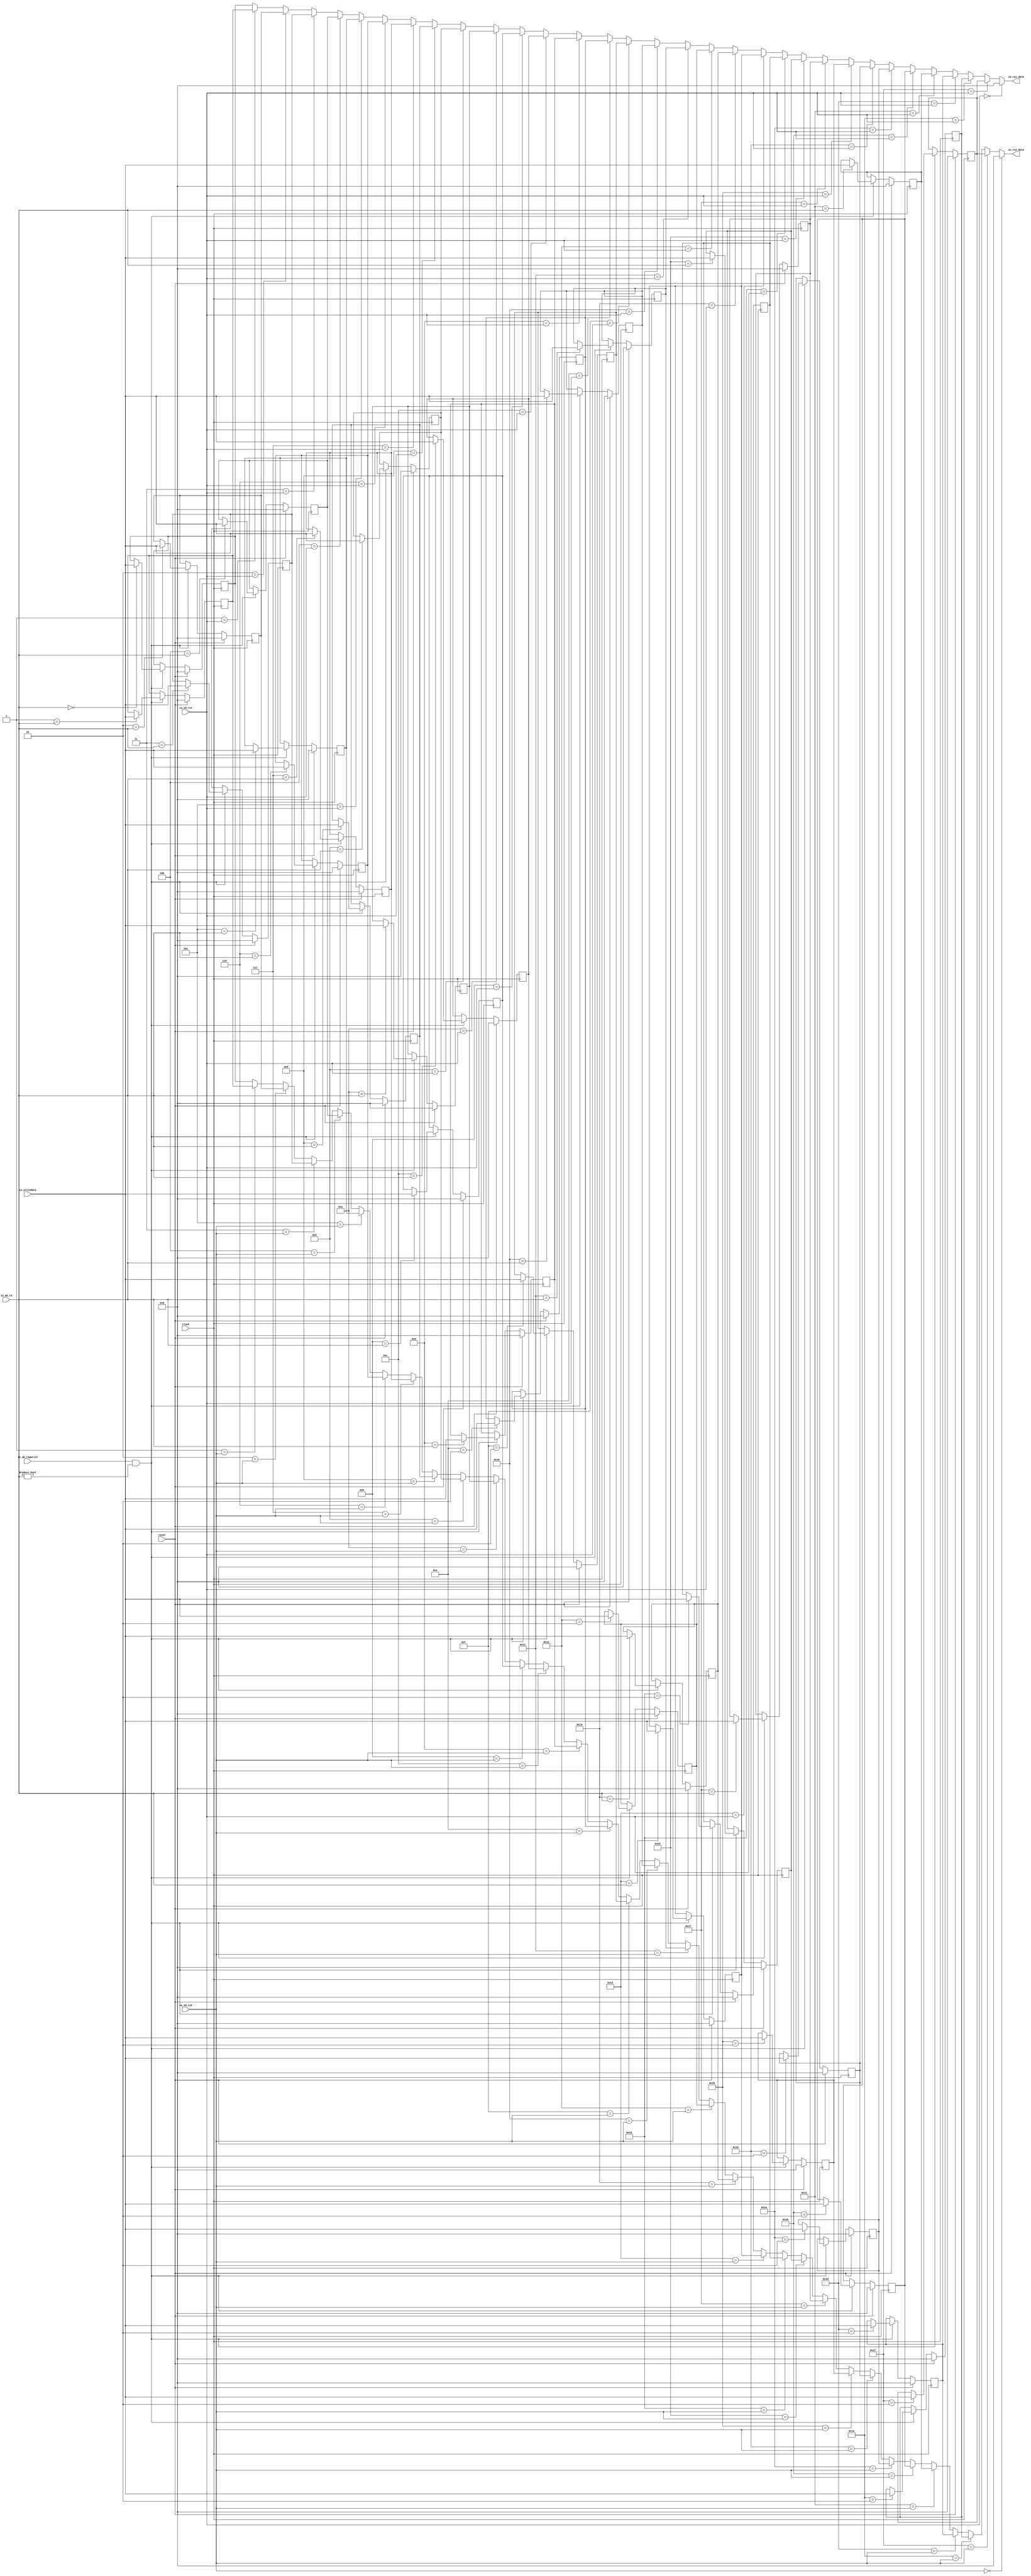
module Regfile(
  input         clock,
  input         reset,
  input  [4:0]  io_id_rs1,
  input  [4:0]  io_id_rs2,
  input  [4:0]  io_wb_rd,
  input  [31:0] io_writedata,
  input         io_wb_regwrite,
  output [31:0] io_rs1_data,
  output [31:0] io_rs2_data
);
`ifdef RANDOMIZE_REG_INIT
  reg [31:0] _RAND_0;
  reg [31:0] _RAND_1;
  reg [31:0] _RAND_2;
  reg [31:0] _RAND_3;
  reg [31:0] _RAND_4;
  reg [31:0] _RAND_5;
  reg [31:0] _RAND_6;
  reg [31:0] _RAND_7;
  reg [31:0] _RAND_8;
  reg [31:0] _RAND_9;
  reg [31:0] _RAND_10;
  reg [31:0] _RAND_11;
  reg [31:0] _RAND_12;
  reg [31:0] _RAND_13;
  reg [31:0] _RAND_14;
  reg [31:0] _RAND_15;
  reg [31:0] _RAND_16;
  reg [31:0] _RAND_17;
  reg [31:0] _RAND_18;
  reg [31:0] _RAND_19;
  reg [31:0] _RAND_20;
  reg [31:0] _RAND_21;
  reg [31:0] _RAND_22;
  reg [31:0] _RAND_23;
  reg [31:0] _RAND_24;
  reg [31:0] _RAND_25;
  reg [31:0] _RAND_26;
  reg [31:0] _RAND_27;
  reg [31:0] _RAND_28;
  reg [31:0] _RAND_29;
  reg [31:0] _RAND_30;
  reg [31:0] _RAND_31;
`endif // RANDOMIZE_REG_INIT
  reg [31:0] registers_0; // @[regfile.scala 17:26]
  reg [31:0] registers_1; // @[regfile.scala 17:26]
  reg [31:0] registers_2; // @[regfile.scala 17:26]
  reg [31:0] registers_3; // @[regfile.scala 17:26]
  reg [31:0] registers_4; // @[regfile.scala 17:26]
  reg [31:0] registers_5; // @[regfile.scala 17:26]
  reg [31:0] registers_6; // @[regfile.scala 17:26]
  reg [31:0] registers_7; // @[regfile.scala 17:26]
  reg [31:0] registers_8; // @[regfile.scala 17:26]
  reg [31:0] registers_9; // @[regfile.scala 17:26]
  reg [31:0] registers_10; // @[regfile.scala 17:26]
  reg [31:0] registers_11; // @[regfile.scala 17:26]
  reg [31:0] registers_12; // @[regfile.scala 17:26]
  reg [31:0] registers_13; // @[regfile.scala 17:26]
  reg [31:0] registers_14; // @[regfile.scala 17:26]
  reg [31:0] registers_15; // @[regfile.scala 17:26]
  reg [31:0] registers_16; // @[regfile.scala 17:26]
  reg [31:0] registers_17; // @[regfile.scala 17:26]
  reg [31:0] registers_18; // @[regfile.scala 17:26]
  reg [31:0] registers_19; // @[regfile.scala 17:26]
  reg [31:0] registers_20; // @[regfile.scala 17:26]
  reg [31:0] registers_21; // @[regfile.scala 17:26]
  reg [31:0] registers_22; // @[regfile.scala 17:26]
  reg [31:0] registers_23; // @[regfile.scala 17:26]
  reg [31:0] registers_24; // @[regfile.scala 17:26]
  reg [31:0] registers_25; // @[regfile.scala 17:26]
  reg [31:0] registers_26; // @[regfile.scala 17:26]
  reg [31:0] registers_27; // @[regfile.scala 17:26]
  reg [31:0] registers_28; // @[regfile.scala 17:26]
  reg [31:0] registers_29; // @[regfile.scala 17:26]
  reg [31:0] registers_30; // @[regfile.scala 17:26]
  reg [31:0] registers_31; // @[regfile.scala 17:26]
  wire [31:0] _GEN_1 = 5'h1 == io_id_rs1 ? registers_1 : registers_0; // @[regfile.scala 20:{21,21}]
  wire [31:0] _GEN_2 = 5'h2 == io_id_rs1 ? registers_2 : _GEN_1; // @[regfile.scala 20:{21,21}]
  wire [31:0] _GEN_3 = 5'h3 == io_id_rs1 ? registers_3 : _GEN_2; // @[regfile.scala 20:{21,21}]
  wire [31:0] _GEN_4 = 5'h4 == io_id_rs1 ? registers_4 : _GEN_3; // @[regfile.scala 20:{21,21}]
  wire [31:0] _GEN_5 = 5'h5 == io_id_rs1 ? registers_5 : _GEN_4; // @[regfile.scala 20:{21,21}]
  wire [31:0] _GEN_6 = 5'h6 == io_id_rs1 ? registers_6 : _GEN_5; // @[regfile.scala 20:{21,21}]
  wire [31:0] _GEN_7 = 5'h7 == io_id_rs1 ? registers_7 : _GEN_6; // @[regfile.scala 20:{21,21}]
  wire [31:0] _GEN_8 = 5'h8 == io_id_rs1 ? registers_8 : _GEN_7; // @[regfile.scala 20:{21,21}]
  wire [31:0] _GEN_9 = 5'h9 == io_id_rs1 ? registers_9 : _GEN_8; // @[regfile.scala 20:{21,21}]
  wire [31:0] _GEN_10 = 5'ha == io_id_rs1 ? registers_10 : _GEN_9; // @[regfile.scala 20:{21,21}]
  wire [31:0] _GEN_11 = 5'hb == io_id_rs1 ? registers_11 : _GEN_10; // @[regfile.scala 20:{21,21}]
  wire [31:0] _GEN_12 = 5'hc == io_id_rs1 ? registers_12 : _GEN_11; // @[regfile.scala 20:{21,21}]
  wire [31:0] _GEN_13 = 5'hd == io_id_rs1 ? registers_13 : _GEN_12; // @[regfile.scala 20:{21,21}]
  wire [31:0] _GEN_14 = 5'he == io_id_rs1 ? registers_14 : _GEN_13; // @[regfile.scala 20:{21,21}]
  wire [31:0] _GEN_15 = 5'hf == io_id_rs1 ? registers_15 : _GEN_14; // @[regfile.scala 20:{21,21}]
  wire [31:0] _GEN_16 = 5'h10 == io_id_rs1 ? registers_16 : _GEN_15; // @[regfile.scala 20:{21,21}]
  wire [31:0] _GEN_17 = 5'h11 == io_id_rs1 ? registers_17 : _GEN_16; // @[regfile.scala 20:{21,21}]
  wire [31:0] _GEN_18 = 5'h12 == io_id_rs1 ? registers_18 : _GEN_17; // @[regfile.scala 20:{21,21}]
  wire [31:0] _GEN_19 = 5'h13 == io_id_rs1 ? registers_19 : _GEN_18; // @[regfile.scala 20:{21,21}]
  wire [31:0] _GEN_20 = 5'h14 == io_id_rs1 ? registers_20 : _GEN_19; // @[regfile.scala 20:{21,21}]
  wire [31:0] _GEN_21 = 5'h15 == io_id_rs1 ? registers_21 : _GEN_20; // @[regfile.scala 20:{21,21}]
  wire [31:0] _GEN_22 = 5'h16 == io_id_rs1 ? registers_22 : _GEN_21; // @[regfile.scala 20:{21,21}]
  wire [31:0] _GEN_23 = 5'h17 == io_id_rs1 ? registers_23 : _GEN_22; // @[regfile.scala 20:{21,21}]
  wire [31:0] _GEN_24 = 5'h18 == io_id_rs1 ? registers_24 : _GEN_23; // @[regfile.scala 20:{21,21}]
  wire [31:0] _GEN_25 = 5'h19 == io_id_rs1 ? registers_25 : _GEN_24; // @[regfile.scala 20:{21,21}]
  wire [31:0] _GEN_26 = 5'h1a == io_id_rs1 ? registers_26 : _GEN_25; // @[regfile.scala 20:{21,21}]
  wire [31:0] _GEN_27 = 5'h1b == io_id_rs1 ? registers_27 : _GEN_26; // @[regfile.scala 20:{21,21}]
  wire [31:0] _GEN_28 = 5'h1c == io_id_rs1 ? registers_28 : _GEN_27; // @[regfile.scala 20:{21,21}]
  wire [31:0] _GEN_29 = 5'h1d == io_id_rs1 ? registers_29 : _GEN_28; // @[regfile.scala 20:{21,21}]
  wire [31:0] _GEN_30 = 5'h1e == io_id_rs1 ? registers_30 : _GEN_29; // @[regfile.scala 20:{21,21}]
  wire [31:0] _GEN_31 = 5'h1f == io_id_rs1 ? registers_31 : _GEN_30; // @[regfile.scala 20:{21,21}]
  wire [31:0] _GEN_33 = 5'h1 == io_id_rs2 ? registers_1 : registers_0; // @[regfile.scala 21:{21,21}]
  wire [31:0] _GEN_34 = 5'h2 == io_id_rs2 ? registers_2 : _GEN_33; // @[regfile.scala 21:{21,21}]
  wire [31:0] _GEN_35 = 5'h3 == io_id_rs2 ? registers_3 : _GEN_34; // @[regfile.scala 21:{21,21}]
  wire [31:0] _GEN_36 = 5'h4 == io_id_rs2 ? registers_4 : _GEN_35; // @[regfile.scala 21:{21,21}]
  wire [31:0] _GEN_37 = 5'h5 == io_id_rs2 ? registers_5 : _GEN_36; // @[regfile.scala 21:{21,21}]
  wire [31:0] _GEN_38 = 5'h6 == io_id_rs2 ? registers_6 : _GEN_37; // @[regfile.scala 21:{21,21}]
  wire [31:0] _GEN_39 = 5'h7 == io_id_rs2 ? registers_7 : _GEN_38; // @[regfile.scala 21:{21,21}]
  wire [31:0] _GEN_40 = 5'h8 == io_id_rs2 ? registers_8 : _GEN_39; // @[regfile.scala 21:{21,21}]
  wire [31:0] _GEN_41 = 5'h9 == io_id_rs2 ? registers_9 : _GEN_40; // @[regfile.scala 21:{21,21}]
  wire [31:0] _GEN_42 = 5'ha == io_id_rs2 ? registers_10 : _GEN_41; // @[regfile.scala 21:{21,21}]
  wire [31:0] _GEN_43 = 5'hb == io_id_rs2 ? registers_11 : _GEN_42; // @[regfile.scala 21:{21,21}]
  wire [31:0] _GEN_44 = 5'hc == io_id_rs2 ? registers_12 : _GEN_43; // @[regfile.scala 21:{21,21}]
  wire [31:0] _GEN_45 = 5'hd == io_id_rs2 ? registers_13 : _GEN_44; // @[regfile.scala 21:{21,21}]
  wire [31:0] _GEN_46 = 5'he == io_id_rs2 ? registers_14 : _GEN_45; // @[regfile.scala 21:{21,21}]
  wire [31:0] _GEN_47 = 5'hf == io_id_rs2 ? registers_15 : _GEN_46; // @[regfile.scala 21:{21,21}]
  wire [31:0] _GEN_48 = 5'h10 == io_id_rs2 ? registers_16 : _GEN_47; // @[regfile.scala 21:{21,21}]
  wire [31:0] _GEN_49 = 5'h11 == io_id_rs2 ? registers_17 : _GEN_48; // @[regfile.scala 21:{21,21}]
  wire [31:0] _GEN_50 = 5'h12 == io_id_rs2 ? registers_18 : _GEN_49; // @[regfile.scala 21:{21,21}]
  wire [31:0] _GEN_51 = 5'h13 == io_id_rs2 ? registers_19 : _GEN_50; // @[regfile.scala 21:{21,21}]
  wire [31:0] _GEN_52 = 5'h14 == io_id_rs2 ? registers_20 : _GEN_51; // @[regfile.scala 21:{21,21}]
  wire [31:0] _GEN_53 = 5'h15 == io_id_rs2 ? registers_21 : _GEN_52; // @[regfile.scala 21:{21,21}]
  wire [31:0] _GEN_54 = 5'h16 == io_id_rs2 ? registers_22 : _GEN_53; // @[regfile.scala 21:{21,21}]
  wire [31:0] _GEN_55 = 5'h17 == io_id_rs2 ? registers_23 : _GEN_54; // @[regfile.scala 21:{21,21}]
  wire [31:0] _GEN_56 = 5'h18 == io_id_rs2 ? registers_24 : _GEN_55; // @[regfile.scala 21:{21,21}]
  wire [31:0] _GEN_57 = 5'h19 == io_id_rs2 ? registers_25 : _GEN_56; // @[regfile.scala 21:{21,21}]
  wire [31:0] _GEN_58 = 5'h1a == io_id_rs2 ? registers_26 : _GEN_57; // @[regfile.scala 21:{21,21}]
  wire [31:0] _GEN_59 = 5'h1b == io_id_rs2 ? registers_27 : _GEN_58; // @[regfile.scala 21:{21,21}]
  wire [31:0] _GEN_60 = 5'h1c == io_id_rs2 ? registers_28 : _GEN_59; // @[regfile.scala 21:{21,21}]
  wire [31:0] _GEN_61 = 5'h1d == io_id_rs2 ? registers_29 : _GEN_60; // @[regfile.scala 21:{21,21}]
  wire [31:0] _GEN_62 = 5'h1e == io_id_rs2 ? registers_30 : _GEN_61; // @[regfile.scala 21:{21,21}]
  wire [31:0] _GEN_63 = 5'h1f == io_id_rs2 ? registers_31 : _GEN_62; // @[regfile.scala 21:{21,21}]
  assign io_rs1_data = io_id_rs1 == 5'h0 ? 32'h0 : _GEN_31; // @[regfile.scala 20:21]
  assign io_rs2_data = io_id_rs2 == 5'h0 ? 32'h0 : _GEN_63; // @[regfile.scala 21:21]
  always @(posedge clock) begin
    if (reset) begin // @[regfile.scala 17:26]
      registers_0 <= 32'h0; // @[regfile.scala 17:26]
    end else if (io_wb_regwrite & io_wb_rd != 5'h0) begin // @[regfile.scala 24:44]
      if (5'h0 == io_wb_rd) begin // @[regfile.scala 25:25]
        registers_0 <= io_writedata; // @[regfile.scala 25:25]
      end
    end
    if (reset) begin // @[regfile.scala 17:26]
      registers_1 <= 32'h0; // @[regfile.scala 17:26]
    end else if (io_wb_regwrite & io_wb_rd != 5'h0) begin // @[regfile.scala 24:44]
      if (5'h1 == io_wb_rd) begin // @[regfile.scala 25:25]
        registers_1 <= io_writedata; // @[regfile.scala 25:25]
      end
    end
    if (reset) begin // @[regfile.scala 17:26]
      registers_2 <= 32'h0; // @[regfile.scala 17:26]
    end else if (io_wb_regwrite & io_wb_rd != 5'h0) begin // @[regfile.scala 24:44]
      if (5'h2 == io_wb_rd) begin // @[regfile.scala 25:25]
        registers_2 <= io_writedata; // @[regfile.scala 25:25]
      end
    end
    if (reset) begin // @[regfile.scala 17:26]
      registers_3 <= 32'h0; // @[regfile.scala 17:26]
    end else if (io_wb_regwrite & io_wb_rd != 5'h0) begin // @[regfile.scala 24:44]
      if (5'h3 == io_wb_rd) begin // @[regfile.scala 25:25]
        registers_3 <= io_writedata; // @[regfile.scala 25:25]
      end
    end
    if (reset) begin // @[regfile.scala 17:26]
      registers_4 <= 32'h0; // @[regfile.scala 17:26]
    end else if (io_wb_regwrite & io_wb_rd != 5'h0) begin // @[regfile.scala 24:44]
      if (5'h4 == io_wb_rd) begin // @[regfile.scala 25:25]
        registers_4 <= io_writedata; // @[regfile.scala 25:25]
      end
    end
    if (reset) begin // @[regfile.scala 17:26]
      registers_5 <= 32'h0; // @[regfile.scala 17:26]
    end else if (io_wb_regwrite & io_wb_rd != 5'h0) begin // @[regfile.scala 24:44]
      if (5'h5 == io_wb_rd) begin // @[regfile.scala 25:25]
        registers_5 <= io_writedata; // @[regfile.scala 25:25]
      end
    end
    if (reset) begin // @[regfile.scala 17:26]
      registers_6 <= 32'h0; // @[regfile.scala 17:26]
    end else if (io_wb_regwrite & io_wb_rd != 5'h0) begin // @[regfile.scala 24:44]
      if (5'h6 == io_wb_rd) begin // @[regfile.scala 25:25]
        registers_6 <= io_writedata; // @[regfile.scala 25:25]
      end
    end
    if (reset) begin // @[regfile.scala 17:26]
      registers_7 <= 32'h0; // @[regfile.scala 17:26]
    end else if (io_wb_regwrite & io_wb_rd != 5'h0) begin // @[regfile.scala 24:44]
      if (5'h7 == io_wb_rd) begin // @[regfile.scala 25:25]
        registers_7 <= io_writedata; // @[regfile.scala 25:25]
      end
    end
    if (reset) begin // @[regfile.scala 17:26]
      registers_8 <= 32'h0; // @[regfile.scala 17:26]
    end else if (io_wb_regwrite & io_wb_rd != 5'h0) begin // @[regfile.scala 24:44]
      if (5'h8 == io_wb_rd) begin // @[regfile.scala 25:25]
        registers_8 <= io_writedata; // @[regfile.scala 25:25]
      end
    end
    if (reset) begin // @[regfile.scala 17:26]
      registers_9 <= 32'h0; // @[regfile.scala 17:26]
    end else if (io_wb_regwrite & io_wb_rd != 5'h0) begin // @[regfile.scala 24:44]
      if (5'h9 == io_wb_rd) begin // @[regfile.scala 25:25]
        registers_9 <= io_writedata; // @[regfile.scala 25:25]
      end
    end
    if (reset) begin // @[regfile.scala 17:26]
      registers_10 <= 32'h0; // @[regfile.scala 17:26]
    end else if (io_wb_regwrite & io_wb_rd != 5'h0) begin // @[regfile.scala 24:44]
      if (5'ha == io_wb_rd) begin // @[regfile.scala 25:25]
        registers_10 <= io_writedata; // @[regfile.scala 25:25]
      end
    end
    if (reset) begin // @[regfile.scala 17:26]
      registers_11 <= 32'h0; // @[regfile.scala 17:26]
    end else if (io_wb_regwrite & io_wb_rd != 5'h0) begin // @[regfile.scala 24:44]
      if (5'hb == io_wb_rd) begin // @[regfile.scala 25:25]
        registers_11 <= io_writedata; // @[regfile.scala 25:25]
      end
    end
    if (reset) begin // @[regfile.scala 17:26]
      registers_12 <= 32'h0; // @[regfile.scala 17:26]
    end else if (io_wb_regwrite & io_wb_rd != 5'h0) begin // @[regfile.scala 24:44]
      if (5'hc == io_wb_rd) begin // @[regfile.scala 25:25]
        registers_12 <= io_writedata; // @[regfile.scala 25:25]
      end
    end
    if (reset) begin // @[regfile.scala 17:26]
      registers_13 <= 32'h0; // @[regfile.scala 17:26]
    end else if (io_wb_regwrite & io_wb_rd != 5'h0) begin // @[regfile.scala 24:44]
      if (5'hd == io_wb_rd) begin // @[regfile.scala 25:25]
        registers_13 <= io_writedata; // @[regfile.scala 25:25]
      end
    end
    if (reset) begin // @[regfile.scala 17:26]
      registers_14 <= 32'h0; // @[regfile.scala 17:26]
    end else if (io_wb_regwrite & io_wb_rd != 5'h0) begin // @[regfile.scala 24:44]
      if (5'he == io_wb_rd) begin // @[regfile.scala 25:25]
        registers_14 <= io_writedata; // @[regfile.scala 25:25]
      end
    end
    if (reset) begin // @[regfile.scala 17:26]
      registers_15 <= 32'h0; // @[regfile.scala 17:26]
    end else if (io_wb_regwrite & io_wb_rd != 5'h0) begin // @[regfile.scala 24:44]
      if (5'hf == io_wb_rd) begin // @[regfile.scala 25:25]
        registers_15 <= io_writedata; // @[regfile.scala 25:25]
      end
    end
    if (reset) begin // @[regfile.scala 17:26]
      registers_16 <= 32'h0; // @[regfile.scala 17:26]
    end else if (io_wb_regwrite & io_wb_rd != 5'h0) begin // @[regfile.scala 24:44]
      if (5'h10 == io_wb_rd) begin // @[regfile.scala 25:25]
        registers_16 <= io_writedata; // @[regfile.scala 25:25]
      end
    end
    if (reset) begin // @[regfile.scala 17:26]
      registers_17 <= 32'h0; // @[regfile.scala 17:26]
    end else if (io_wb_regwrite & io_wb_rd != 5'h0) begin // @[regfile.scala 24:44]
      if (5'h11 == io_wb_rd) begin // @[regfile.scala 25:25]
        registers_17 <= io_writedata; // @[regfile.scala 25:25]
      end
    end
    if (reset) begin // @[regfile.scala 17:26]
      registers_18 <= 32'h0; // @[regfile.scala 17:26]
    end else if (io_wb_regwrite & io_wb_rd != 5'h0) begin // @[regfile.scala 24:44]
      if (5'h12 == io_wb_rd) begin // @[regfile.scala 25:25]
        registers_18 <= io_writedata; // @[regfile.scala 25:25]
      end
    end
    if (reset) begin // @[regfile.scala 17:26]
      registers_19 <= 32'h0; // @[regfile.scala 17:26]
    end else if (io_wb_regwrite & io_wb_rd != 5'h0) begin // @[regfile.scala 24:44]
      if (5'h13 == io_wb_rd) begin // @[regfile.scala 25:25]
        registers_19 <= io_writedata; // @[regfile.scala 25:25]
      end
    end
    if (reset) begin // @[regfile.scala 17:26]
      registers_20 <= 32'h0; // @[regfile.scala 17:26]
    end else if (io_wb_regwrite & io_wb_rd != 5'h0) begin // @[regfile.scala 24:44]
      if (5'h14 == io_wb_rd) begin // @[regfile.scala 25:25]
        registers_20 <= io_writedata; // @[regfile.scala 25:25]
      end
    end
    if (reset) begin // @[regfile.scala 17:26]
      registers_21 <= 32'h0; // @[regfile.scala 17:26]
    end else if (io_wb_regwrite & io_wb_rd != 5'h0) begin // @[regfile.scala 24:44]
      if (5'h15 == io_wb_rd) begin // @[regfile.scala 25:25]
        registers_21 <= io_writedata; // @[regfile.scala 25:25]
      end
    end
    if (reset) begin // @[regfile.scala 17:26]
      registers_22 <= 32'h0; // @[regfile.scala 17:26]
    end else if (io_wb_regwrite & io_wb_rd != 5'h0) begin // @[regfile.scala 24:44]
      if (5'h16 == io_wb_rd) begin // @[regfile.scala 25:25]
        registers_22 <= io_writedata; // @[regfile.scala 25:25]
      end
    end
    if (reset) begin // @[regfile.scala 17:26]
      registers_23 <= 32'h0; // @[regfile.scala 17:26]
    end else if (io_wb_regwrite & io_wb_rd != 5'h0) begin // @[regfile.scala 24:44]
      if (5'h17 == io_wb_rd) begin // @[regfile.scala 25:25]
        registers_23 <= io_writedata; // @[regfile.scala 25:25]
      end
    end
    if (reset) begin // @[regfile.scala 17:26]
      registers_24 <= 32'h0; // @[regfile.scala 17:26]
    end else if (io_wb_regwrite & io_wb_rd != 5'h0) begin // @[regfile.scala 24:44]
      if (5'h18 == io_wb_rd) begin // @[regfile.scala 25:25]
        registers_24 <= io_writedata; // @[regfile.scala 25:25]
      end
    end
    if (reset) begin // @[regfile.scala 17:26]
      registers_25 <= 32'h0; // @[regfile.scala 17:26]
    end else if (io_wb_regwrite & io_wb_rd != 5'h0) begin // @[regfile.scala 24:44]
      if (5'h19 == io_wb_rd) begin // @[regfile.scala 25:25]
        registers_25 <= io_writedata; // @[regfile.scala 25:25]
      end
    end
    if (reset) begin // @[regfile.scala 17:26]
      registers_26 <= 32'h0; // @[regfile.scala 17:26]
    end else if (io_wb_regwrite & io_wb_rd != 5'h0) begin // @[regfile.scala 24:44]
      if (5'h1a == io_wb_rd) begin // @[regfile.scala 25:25]
        registers_26 <= io_writedata; // @[regfile.scala 25:25]
      end
    end
    if (reset) begin // @[regfile.scala 17:26]
      registers_27 <= 32'h0; // @[regfile.scala 17:26]
    end else if (io_wb_regwrite & io_wb_rd != 5'h0) begin // @[regfile.scala 24:44]
      if (5'h1b == io_wb_rd) begin // @[regfile.scala 25:25]
        registers_27 <= io_writedata; // @[regfile.scala 25:25]
      end
    end
    if (reset) begin // @[regfile.scala 17:26]
      registers_28 <= 32'h0; // @[regfile.scala 17:26]
    end else if (io_wb_regwrite & io_wb_rd != 5'h0) begin // @[regfile.scala 24:44]
      if (5'h1c == io_wb_rd) begin // @[regfile.scala 25:25]
        registers_28 <= io_writedata; // @[regfile.scala 25:25]
      end
    end
    if (reset) begin // @[regfile.scala 17:26]
      registers_29 <= 32'h0; // @[regfile.scala 17:26]
    end else if (io_wb_regwrite & io_wb_rd != 5'h0) begin // @[regfile.scala 24:44]
      if (5'h1d == io_wb_rd) begin // @[regfile.scala 25:25]
        registers_29 <= io_writedata; // @[regfile.scala 25:25]
      end
    end
    if (reset) begin // @[regfile.scala 17:26]
      registers_30 <= 32'h0; // @[regfile.scala 17:26]
    end else if (io_wb_regwrite & io_wb_rd != 5'h0) begin // @[regfile.scala 24:44]
      if (5'h1e == io_wb_rd) begin // @[regfile.scala 25:25]
        registers_30 <= io_writedata; // @[regfile.scala 25:25]
      end
    end
    if (reset) begin // @[regfile.scala 17:26]
      registers_31 <= 32'h0; // @[regfile.scala 17:26]
    end else if (io_wb_regwrite & io_wb_rd != 5'h0) begin // @[regfile.scala 24:44]
      if (5'h1f == io_wb_rd) begin // @[regfile.scala 25:25]
        registers_31 <= io_writedata; // @[regfile.scala 25:25]
      end
    end
  end
// Register and memory initialization
`ifdef RANDOMIZE_GARBAGE_ASSIGN
`define RANDOMIZE
`endif
`ifdef RANDOMIZE_INVALID_ASSIGN
`define RANDOMIZE
`endif
`ifdef RANDOMIZE_REG_INIT
`define RANDOMIZE
`endif
`ifdef RANDOMIZE_MEM_INIT
`define RANDOMIZE
`endif
`ifndef RANDOM
`define RANDOM $random
`endif
`ifdef RANDOMIZE_MEM_INIT
  integer initvar;
`endif
`ifndef SYNTHESIS
`ifdef FIRRTL_BEFORE_INITIAL
`FIRRTL_BEFORE_INITIAL
`endif
initial begin
  `ifdef RANDOMIZE
    `ifdef INIT_RANDOM
      `INIT_RANDOM
    `endif
    `ifndef VERILATOR
      `ifdef RANDOMIZE_DELAY
        #`RANDOMIZE_DELAY begin end
      `else
        #0.002 begin end
      `endif
    `endif
`ifdef RANDOMIZE_REG_INIT
  _RAND_0 = {1{`RANDOM}};
  registers_0 = _RAND_0[31:0];
  _RAND_1 = {1{`RANDOM}};
  registers_1 = _RAND_1[31:0];
  _RAND_2 = {1{`RANDOM}};
  registers_2 = _RAND_2[31:0];
  _RAND_3 = {1{`RANDOM}};
  registers_3 = _RAND_3[31:0];
  _RAND_4 = {1{`RANDOM}};
  registers_4 = _RAND_4[31:0];
  _RAND_5 = {1{`RANDOM}};
  registers_5 = _RAND_5[31:0];
  _RAND_6 = {1{`RANDOM}};
  registers_6 = _RAND_6[31:0];
  _RAND_7 = {1{`RANDOM}};
  registers_7 = _RAND_7[31:0];
  _RAND_8 = {1{`RANDOM}};
  registers_8 = _RAND_8[31:0];
  _RAND_9 = {1{`RANDOM}};
  registers_9 = _RAND_9[31:0];
  _RAND_10 = {1{`RANDOM}};
  registers_10 = _RAND_10[31:0];
  _RAND_11 = {1{`RANDOM}};
  registers_11 = _RAND_11[31:0];
  _RAND_12 = {1{`RANDOM}};
  registers_12 = _RAND_12[31:0];
  _RAND_13 = {1{`RANDOM}};
  registers_13 = _RAND_13[31:0];
  _RAND_14 = {1{`RANDOM}};
  registers_14 = _RAND_14[31:0];
  _RAND_15 = {1{`RANDOM}};
  registers_15 = _RAND_15[31:0];
  _RAND_16 = {1{`RANDOM}};
  registers_16 = _RAND_16[31:0];
  _RAND_17 = {1{`RANDOM}};
  registers_17 = _RAND_17[31:0];
  _RAND_18 = {1{`RANDOM}};
  registers_18 = _RAND_18[31:0];
  _RAND_19 = {1{`RANDOM}};
  registers_19 = _RAND_19[31:0];
  _RAND_20 = {1{`RANDOM}};
  registers_20 = _RAND_20[31:0];
  _RAND_21 = {1{`RANDOM}};
  registers_21 = _RAND_21[31:0];
  _RAND_22 = {1{`RANDOM}};
  registers_22 = _RAND_22[31:0];
  _RAND_23 = {1{`RANDOM}};
  registers_23 = _RAND_23[31:0];
  _RAND_24 = {1{`RANDOM}};
  registers_24 = _RAND_24[31:0];
  _RAND_25 = {1{`RANDOM}};
  registers_25 = _RAND_25[31:0];
  _RAND_26 = {1{`RANDOM}};
  registers_26 = _RAND_26[31:0];
  _RAND_27 = {1{`RANDOM}};
  registers_27 = _RAND_27[31:0];
  _RAND_28 = {1{`RANDOM}};
  registers_28 = _RAND_28[31:0];
  _RAND_29 = {1{`RANDOM}};
  registers_29 = _RAND_29[31:0];
  _RAND_30 = {1{`RANDOM}};
  registers_30 = _RAND_30[31:0];
  _RAND_31 = {1{`RANDOM}};
  registers_31 = _RAND_31[31:0];
`endif // RANDOMIZE_REG_INIT
  `endif // RANDOMIZE
end // initial
`ifdef FIRRTL_AFTER_INITIAL
`FIRRTL_AFTER_INITIAL
`endif
`endif // SYNTHESIS
endmodule